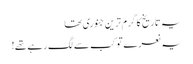
یہ تاریخ کا گرم ترین جنوری تھا
یہ نعرے تو کب سے لگ رہے تھے!